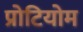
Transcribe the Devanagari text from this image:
प्रोटियोम